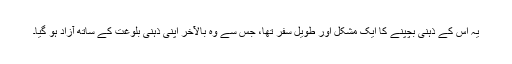
یہ اس کے ذہنی بچپنے کا ایک مشکل اور طویل سفر تھا، جس سے وہ بالآخر اپنی ذہنی بلوغت کے ساتھ آزاد ہو گیا۔